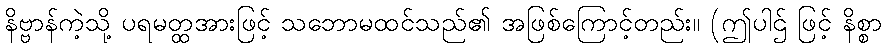
နိဗ္ဗာန်ကဲ့သို့ ပရမတ္ထအားဖြင့် သဘောမထင်သည်၏ အဖြစ်ကြောင့်တည်း။ (ဤပါဌ် ဖြင့် နိစ္စာ